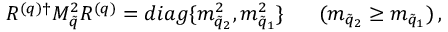
R ^ { ( q ) \dagger } { \cal M } _ { \tilde { q } } ^ { 2 } R ^ { ( q ) } = d i a g \{ m _ { \tilde { q } _ { 2 } } ^ { 2 } , m _ { \tilde { q } _ { 1 } } ^ { 2 } \} \ \ \ \ \ ( m _ { \tilde { q } _ { 2 } } \geq m _ { \tilde { q } _ { 1 } } ) \, ,